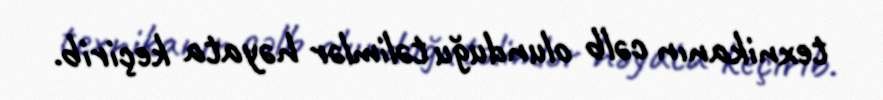
texnikanın cəlb olunduğu təlimlər həyata keçirib.